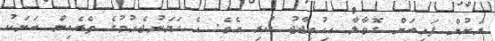
ރަށުން ފައިބަން ގޮވާލާ އިހުތިޖާޖު ކުރި އެވެ. އެ ހަމަނުޖެހުމުގެ ތެރެއިން ބަޔަކު